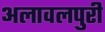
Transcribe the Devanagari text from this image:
अलावलपुरी